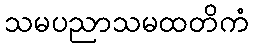
သမပညာသမထတိကံ